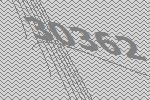
30362